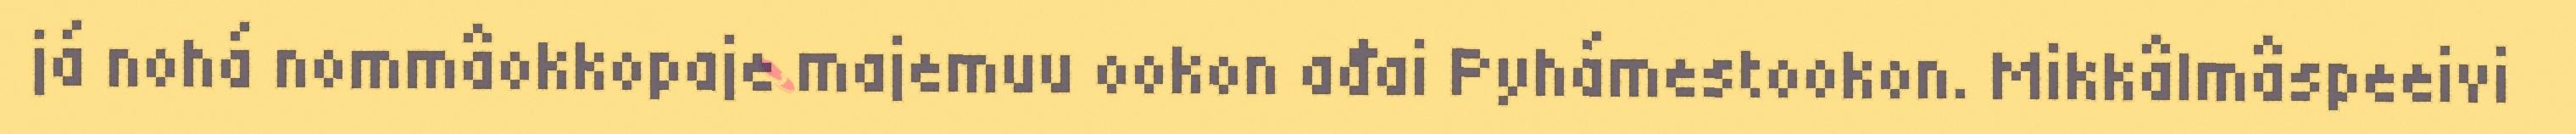
já nohá nommâokkopaje majemuu ookon ađai Pyhámestookon. Mikkâlmâspeeivi